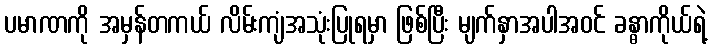
ပမာဏကို အမှန်တကယ် လိမ်းကျံအသုံးပြုရမှာ ဖြစ်ပြီး မျက်နှာအပါအဝင် ခန္ဓာကိုယ်ရဲ့